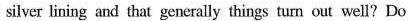
silser lining aal that gaxrally thines tmm out wall? Do